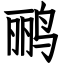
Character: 鹂